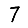
Digit: 7